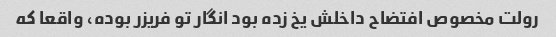
رولت مخصوص افتضاح داخلش یخ زده بود انگار تو فریزر بوده، واقعا که